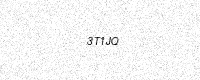
Text: 3T1JQ